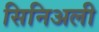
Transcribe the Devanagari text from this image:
सिनिअली